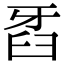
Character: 𤘈